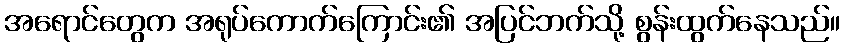
အရောင်တွေက အရုပ်ကောက်ကြောင်း၏ အပြင်ဘက်သို့ စွန်းထွက်နေသည်။